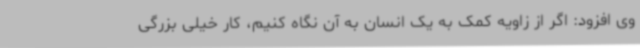
وی افزود: اگر از زاویه کمک به یک انسان به آن نگاه کنیم، کار خیلی بزرگی